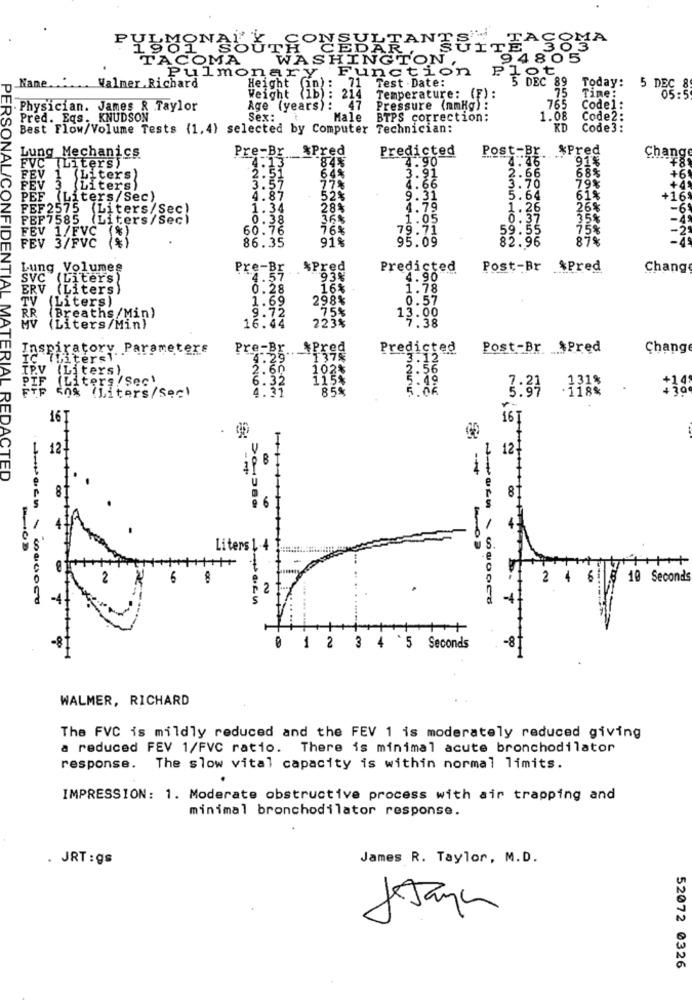
CONSULTANTS TACOMA
PULMONSOUTH
WASHINGTON,
94805
TACOMA
Pulmonary Function
Plot
Nane.
Walmer.Richard
Height (an): 71 Test .Date:
5 DEC 89
Today:
5 DEC
Weight (1b): 214
Temperature: (F):
75 Time:
Physician. James & Taylor
Age (years): 47
Pressure (mmHg) :
765
Code1:
Pred. Eqs. KNUDSON
Sex:
Male
BTPS correction:
1.08
Code2:
2:
Best Flow/Volume Tests (1, 4) selected by Computer Technician:
KD
Code 3:
Pre-Br *Pred
Predicted
Post-Br %Pred
Lung Mechanics
FVC (Liters)
4.90
4.46
91%
Change
PERSONAL
2.51
84%
64%
2.66
58%
FEV
0
(Liters
3.91
3.3.
3.70
+6
EV 3 (Liters)
3.57
77%
4.66
79%
+4
O PEF (Liters/Sec)
4.87
525
9.31
5.64
614
+169
Z
EF2575 (Liters/Sec)
1.34
28%
4.79
1. 26
26%
-6
TI FEF7585
(Liters/Sec)
0.38
36%
1.05
0.37
35%
FEV 1/FVC (%)
60.76
76%
79.71
59.55
75%
FEV 3/FVC
86.35
91%
95.09
82.96
87%
Lung Volumes
Pre-Br .. $Pred
Predicted
Post-Br $Pred
Chang
SVC (Liters)
4.57
93%
4.90
ERV (Liters)
0.28
16%
1.78
Liters)
298%
0.57
3
1.69
75%
13.00
RR (Breaths/Min)
9.72
223%
7.38
(Liters/Min)
16.44
Inspiratory Parameters
Pre-Br .. . \Pred
Predicted
Post-Br $Pred
Chang
IC
Thitersl
4.29
3.12"
IPV (Liters)
2.60
102%
2.56
6.32
115%
5.49
2. 4
PIF (Liters /Sec)
4.31
85%
5.06
.131%
Fe sos (Liters/Sec)
3:34
16]
16]
12
-
11 121
DACTED
8
Liters 1 4
++
10 Seconds
2
3
Seconds
WALMER, RICHARD
The FVC is mildly reduced and the FEV 1 is moderately reduced giving
a reduced FEV 1/FVC ratio. There is minimal acute bronchodilator
response. The slow vital capacity is within normal limits.
IMPRESSION: 1. Moderate obstructive process with air trapping and
minimal bronchodilator response.
. JRT : gs
James R. Taylor, M.D.
52072 0326